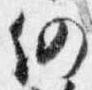
仍